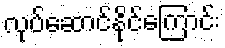
လုပ်ဆောင်နိုင်ကြောင်း